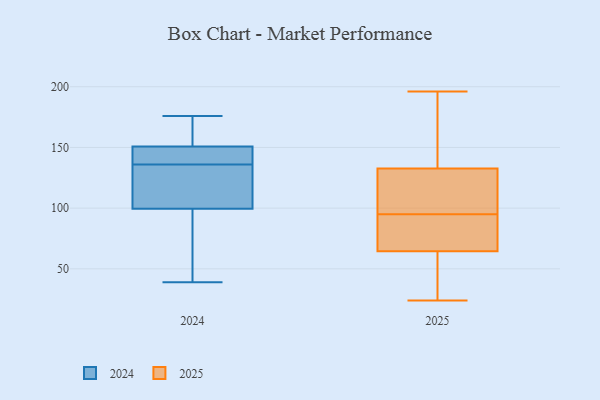
{"axis": {"x": "Shipments", "y": "Value"}, "legend": ["2024", "2025"], "data": [{"x": "", "y": 180, "type": "2025"}, {"x": "", "y": 85, "type": "2025"}, {"x": "", "y": 48, "type": "2025"}, {"x": "", "y": 105, "type": "2025"}, {"x": "", "y": 95, "type": "2025"}, {"x": "", "y": 160, "type": "2025"}, {"x": "", "y": 102, "type": "2025"}, {"x": "", "y": 66, "type": "2025"}, {"x": "", "y": 24, "type": "2025"}, {"x": "", "y": 50, "type": "2025"}, {"x": "", "y": 196, "type": "2025"}, {"x": "", "y": 101, "type": "2025"}, {"x": "", "y": 79, "type": "2025"}, {"x": "", "y": 142, "type": "2025"}, {"x": "", "y": 64, "type": "2025"}, {"x": "", "y": 136, "type": "2024"}, {"x": "", "y": 99, "type": "2024"}, {"x": "", "y": 87, "type": "2024"}, {"x": "", "y": 107, "type": "2024"}, {"x": "", "y": 156, "type": "2024"}, {"x": "", "y": 152, "type": "2024"}, {"x": "", "y": 144, "type": "2024"}, {"x": "", "y": 39, "type": "2024"}, {"x": "", "y": 101, "type": "2024"}, {"x": "", "y": 147, "type": "2024"}, {"x": "", "y": 176, "type": "2024"}]}